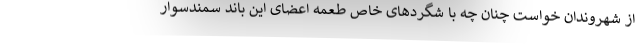
از شهروندان خواست چنان چه با شگرد‌های خاص طعمه اعضای این باند سمندسوار